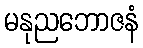
မနုညဘောဇနံ